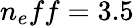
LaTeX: n_{e}ff=3.5